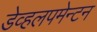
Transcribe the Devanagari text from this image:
डेव्हलपमेन्टन